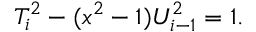
T _ { i } ^ { 2 } - ( x ^ { 2 } - 1 ) U _ { i - 1 } ^ { 2 } = 1 .